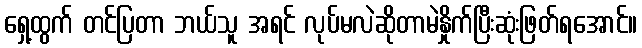
ရှေ့ထွက် တင်ပြတာ ဘယ်သူ အရင် လုပ်မလဲဆိုတာမဲနှိုက်ပြီးဆုံးဖြတ်ရအောင်။